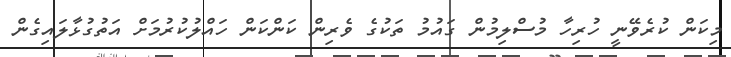
މިކަން ކުރެވޭނީ ހުރިހާ މުސްލިމުން ގައުމު ތަކުގެ ވެެރިން ކަންކަން ހައްްލުކުރުމަށް އަތުގުޅާލައިގެން